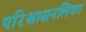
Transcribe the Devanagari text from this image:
परिश्वासनलिका